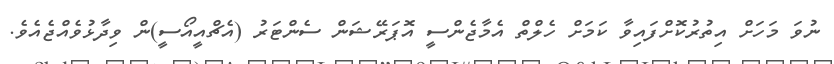
ނުވަ މަހަށް އިތުރުކޮށްފައިވާ ކަމަށް ހެލްތް އެމާޖެންސީ އޮޕަރޭޝަން ސެންޓަރު (އެޗްއީއޯސީ)ން ވިދާޅުވެއްޖެއެވެ.